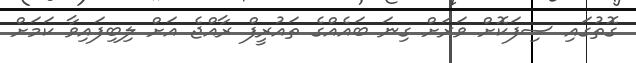
ގޮތުގައި ސިފަކޮށް ވަރަށް ގިނަ ބައެއްގެ ތައުރީފް ރާއްޖެ އަށް ލިބިފައިވާ ކަމަށް